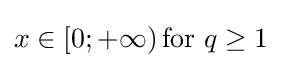
x\in [0;+\infty )\!{\text{ for }}q\geq 1